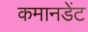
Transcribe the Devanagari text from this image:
कमानडेंट